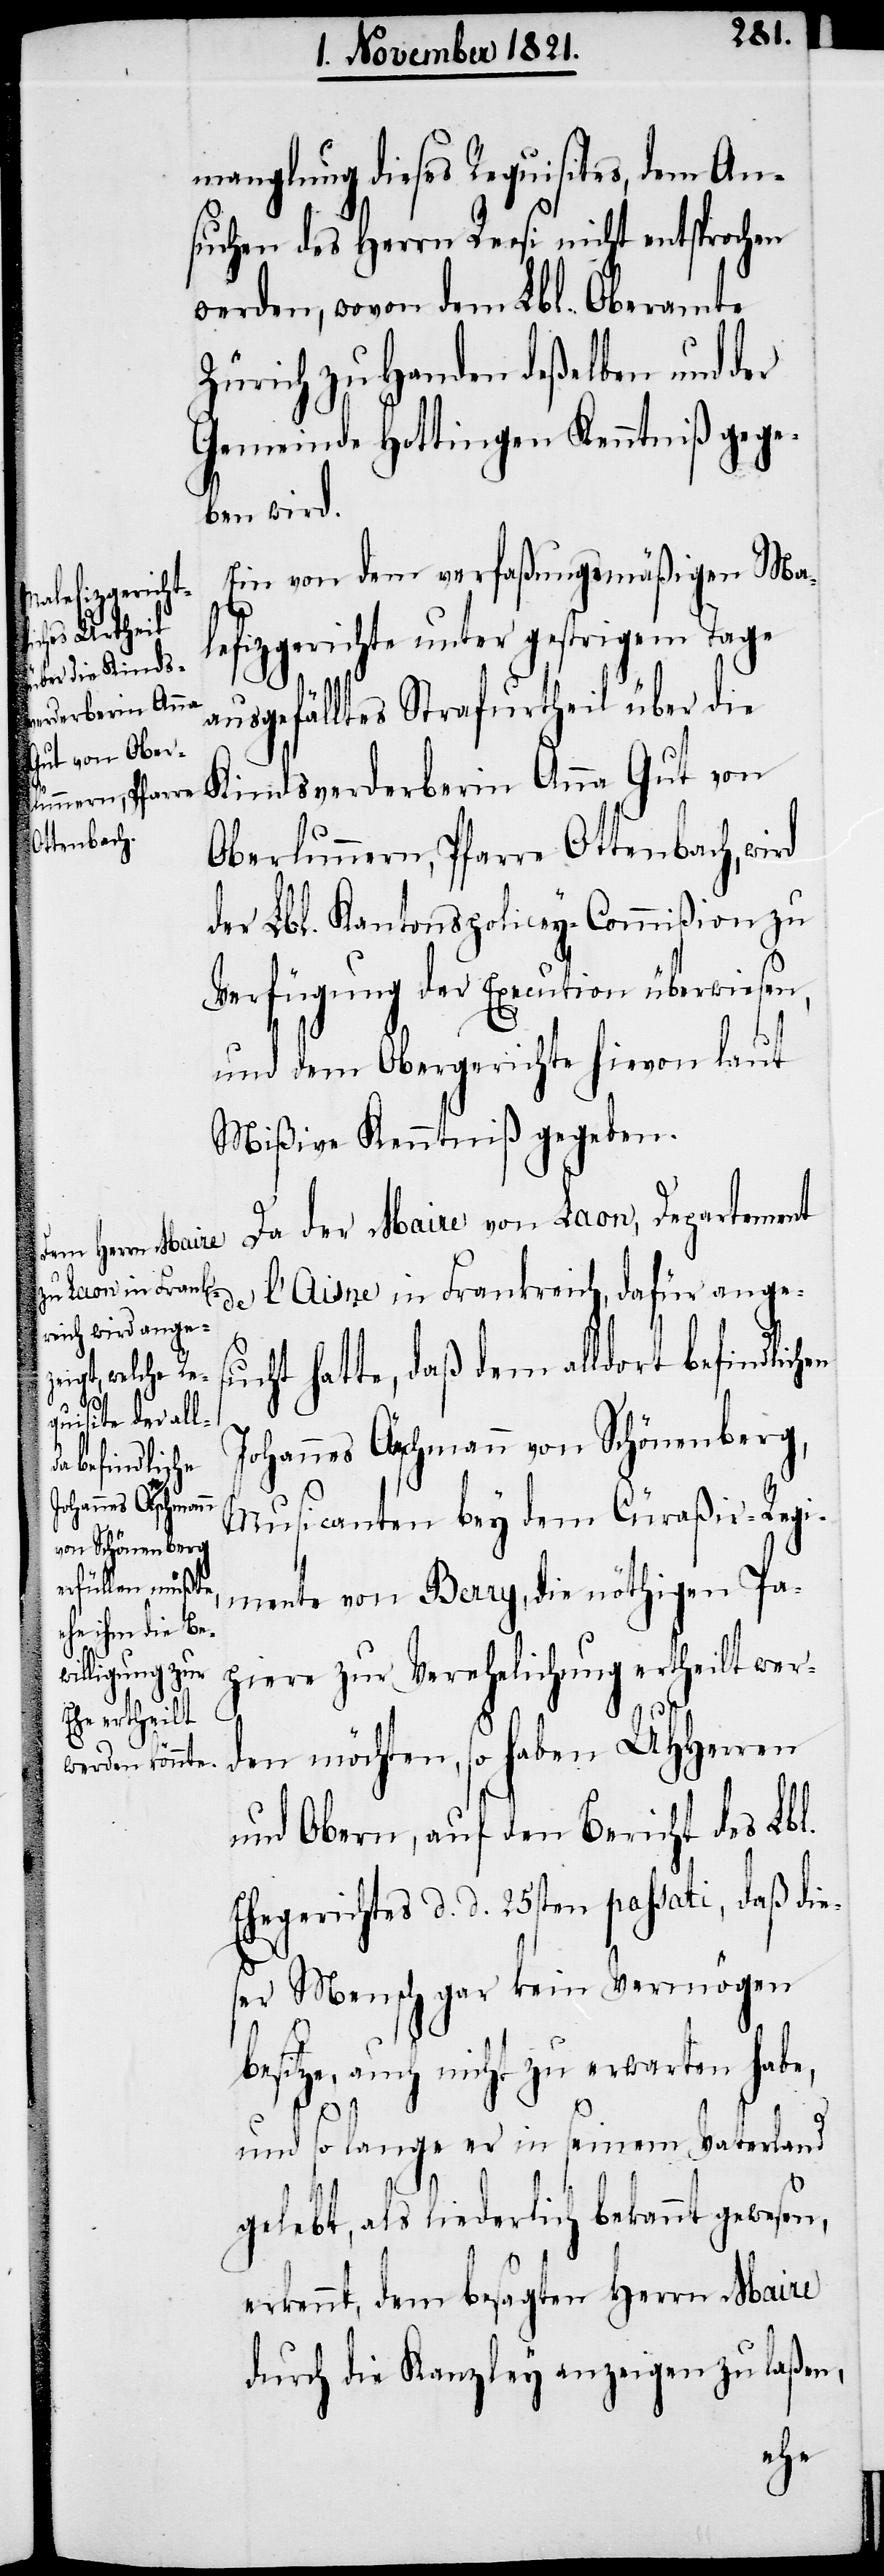
mangelung dieses Requisites, dem An¬
suchen des Herrn Reesi nicht entsprochen
werden, wovon dem Lbl. Oberamte
Zürich zu Handen deßelben und der
Gemeinde Hottingen Kenntniß gege¬
ben wird.
Ein von dem verfaßungsmäßigen Ma¬
lefizgericht unter gestrigem Tage
ausgefälltes Strafurtheil über die
Kindsverderberin Anna Gut von
Oberlunnern, Pfarre Ottenbach, wird
der Lbl. Kantons-Policey-Commißion zu
Verfügung der Execution überwiesen,
und dem Obergerichte hievon laut
Mißiven Kenntniß gegeben.
Da der Maire von Laon, Departement
l’Aisne in Frankreich, dafür anges¬
ucht hatte, daß dem alldort befindlichen
Johannes Aeschmann von Schönenberg,
Musicanten bey dem Cüraßir-Regi¬
mente von Berry, die nöthigen Pa¬
piere zu Verehelichung ertheilt wer¬
den möchten, so haben UHHerren
und Obern, auf den Bericht des Lbl.
Ehegerichtes d. d. 25sten passati, daß die¬
ser Mensch gar kein Vermögen
besitze, auch nicht zu erwarten habe,
und so lange er in seinem Vaterland
gelebt, als liederlich bekannt gewesen,
erkennt, dem besagten Herrn Maire
durch die Kanzley anzeigen zu laßen,